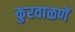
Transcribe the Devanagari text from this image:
कुरवाळणें